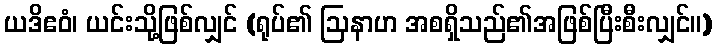
ယဒိဧဝံ၊ ယင်းသို့ဖြစ်လျှင် (ရုပ်၏ ဩနာဟ အစရှိသည်၏အဖြစ်ပြီးစီးလျှင်။)